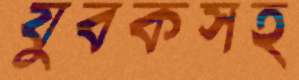
যুবকসহ